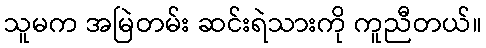
သူမက အမြဲတမ်း ဆင်းရဲသားကို ကူညီတယ်။